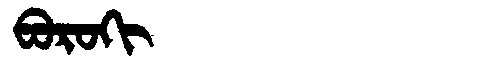
Manchu: ᠪᠣᡵᠣᡴᡳ
Romanization: BOROKI